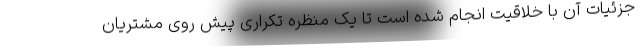
جزئیات آن با خلاقیت انجام شده است تا یک منظره تکراری پیش روی مشتریان